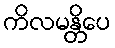
ကိလမန္တိပေ